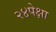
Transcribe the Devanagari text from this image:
२४पेक्षा